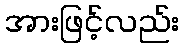
အားဖြင့်လည်း